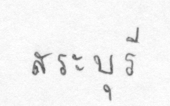
สระบุรี